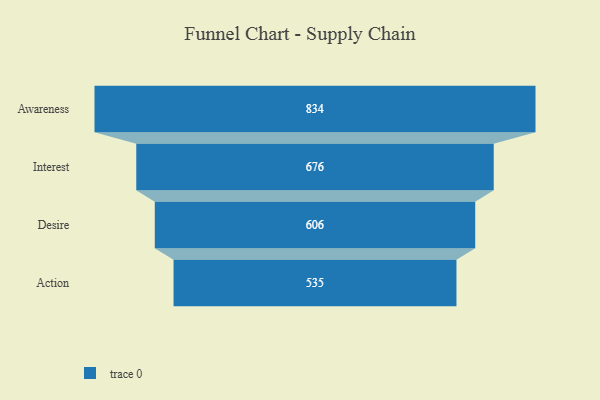
{"axis": {"x": "Stage", "y": "Value"}, "legend": [""], "data": [{"x": "Awareness", "y": 834.0, "type": ""}, {"x": "Interest", "y": 676.0, "type": ""}, {"x": "Desire", "y": 606.0, "type": ""}, {"x": "Action", "y": 535.0, "type": ""}]}